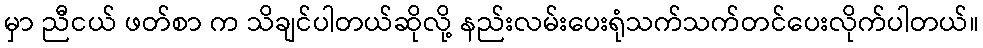
မှာ ညီငယ် ဖတ်စာ က သိချင်ပါတယ်ဆိုလို့ နည်းလမ်းပေးရုံသက်သက်တင်ပေးလိုက်ပါတယ်။